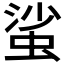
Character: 𧋊